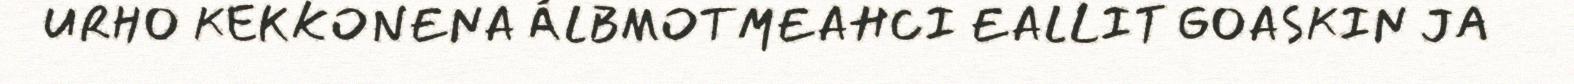
URHO KEKKONENA ÁLBMOTMEAHCI EALLIT GOASKIN JA